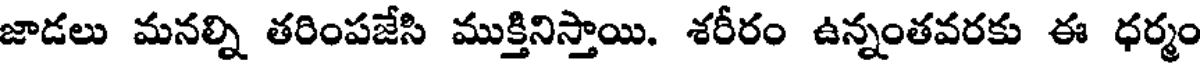
జాడలు మనల్ని తరింపజేసి ముక్తినిస్తాయి. శరీరం ఉన్నంతవరకు ఈ ధర్మం